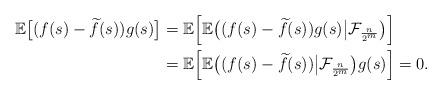
LaTeX: \begin{align*} \mathbb E \bigl[(f(s) - \widetilde f(s))g(s)\bigr] &= \mathbb E\Bigl[ \mathbb E\bigl((f(s) - \widetilde f(s))g(s)\big|\mathcal F_{\frac{n}{2^m}}\bigr) \Bigr]\\ &=\mathbb E\Bigl[ \mathbb E\bigl((f(s) - \widetilde f(s))\big|\mathcal F_{\frac{n}{2^m}}\bigr)g(s) \Bigr] = 0.\end{align*}